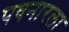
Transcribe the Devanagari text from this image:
पवनारला